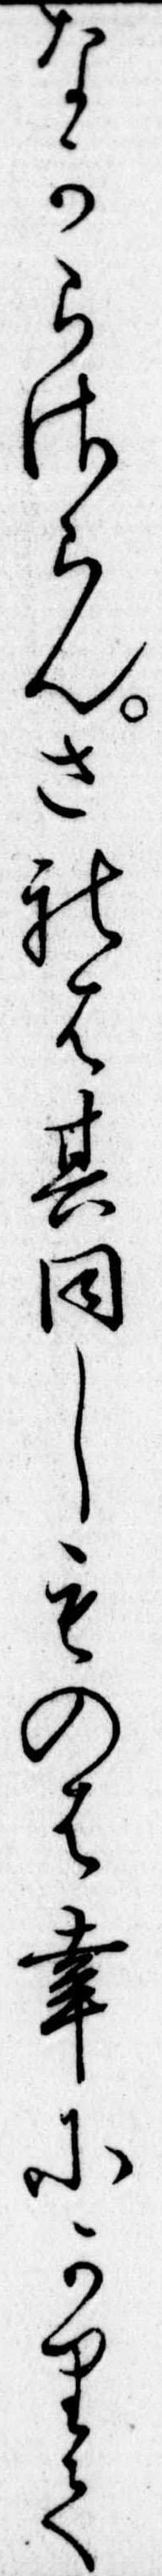
なからさらんされは其同しものは幸にかりて